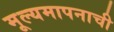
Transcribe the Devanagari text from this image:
मूल्यमापनाची